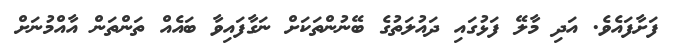
ފަށާފައެވެ. އަދި މާލޭ ފަޅުގައި ދައުލަތުގެ ބޭނުންތަކަށް ނަގާފައިވާ ބައެއް ތަންތަން އާއްމުނަށް